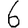
Digit: 6